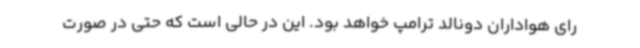
رای هواداران دونالد ترامپ خواهد بود. این در حالی است که حتی در صورت